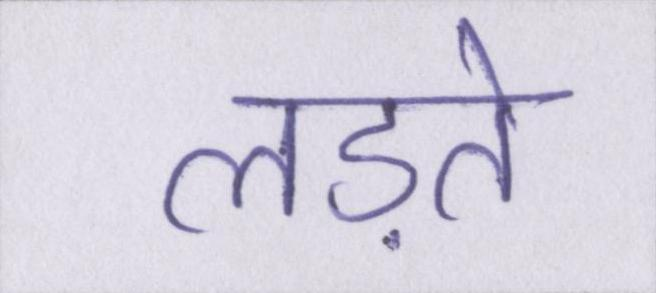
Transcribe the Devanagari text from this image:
लड़ते